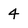
Character: 4